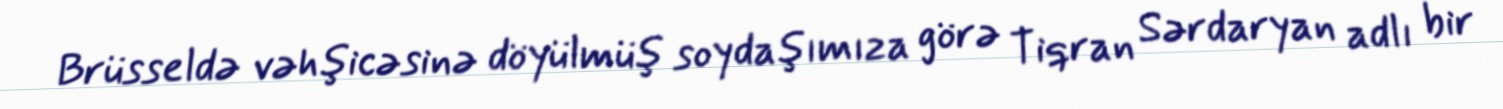
Brüsseldə vəhşicəsinə döyülmüş soydaşımıza görə Tiqran Sərdaryan adlı bir